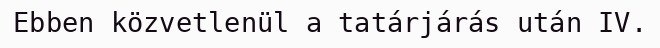
Ebben közvetlenül a tatárjárás után IV.